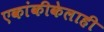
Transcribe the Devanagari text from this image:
एकांकीकेलाही